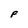
Character: F